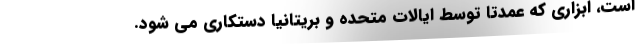
است، ابزاری که عمدتاً توسط ایالات متحده و بریتانیا دستکاری می شود.